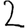
Digit: 2